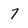
Character: 7